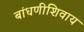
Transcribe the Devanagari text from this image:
बांधणीशिवाय